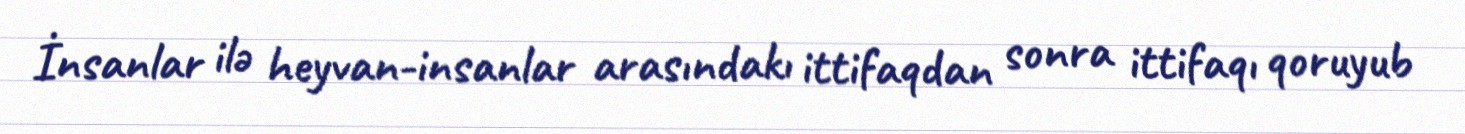
İnsanlar ilə heyvan-insanlar arasındakı ittifaqdan sonra ittifaqı qoruyub